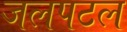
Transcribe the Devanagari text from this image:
जलपटल